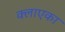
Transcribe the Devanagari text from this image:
क्लाएका